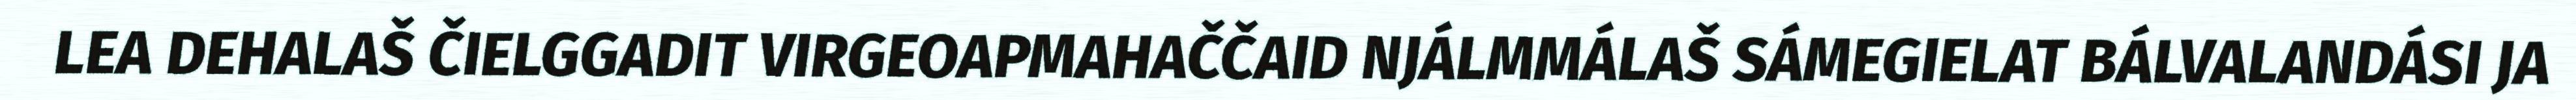
LEA DEHALAŠ ČIELGGADIT VIRGEOAPMAHAČČAID NJÁLMMÁLAŠ SÁMEGIELAT BÁLVALANDÁSI JA